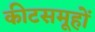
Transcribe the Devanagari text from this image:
कीटसमूहों